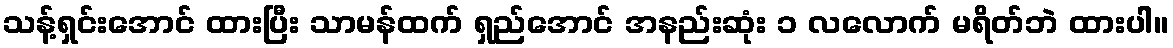
သန့်ရှင်းအောင် ထားပြီး သာမန်ထက် ရှည်အောင် အနည်းဆုံး ၁ လလောက် မရိတ်ဘဲ ထားပါ။